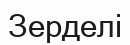
Зерделі